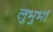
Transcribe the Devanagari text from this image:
लुभुर्भा